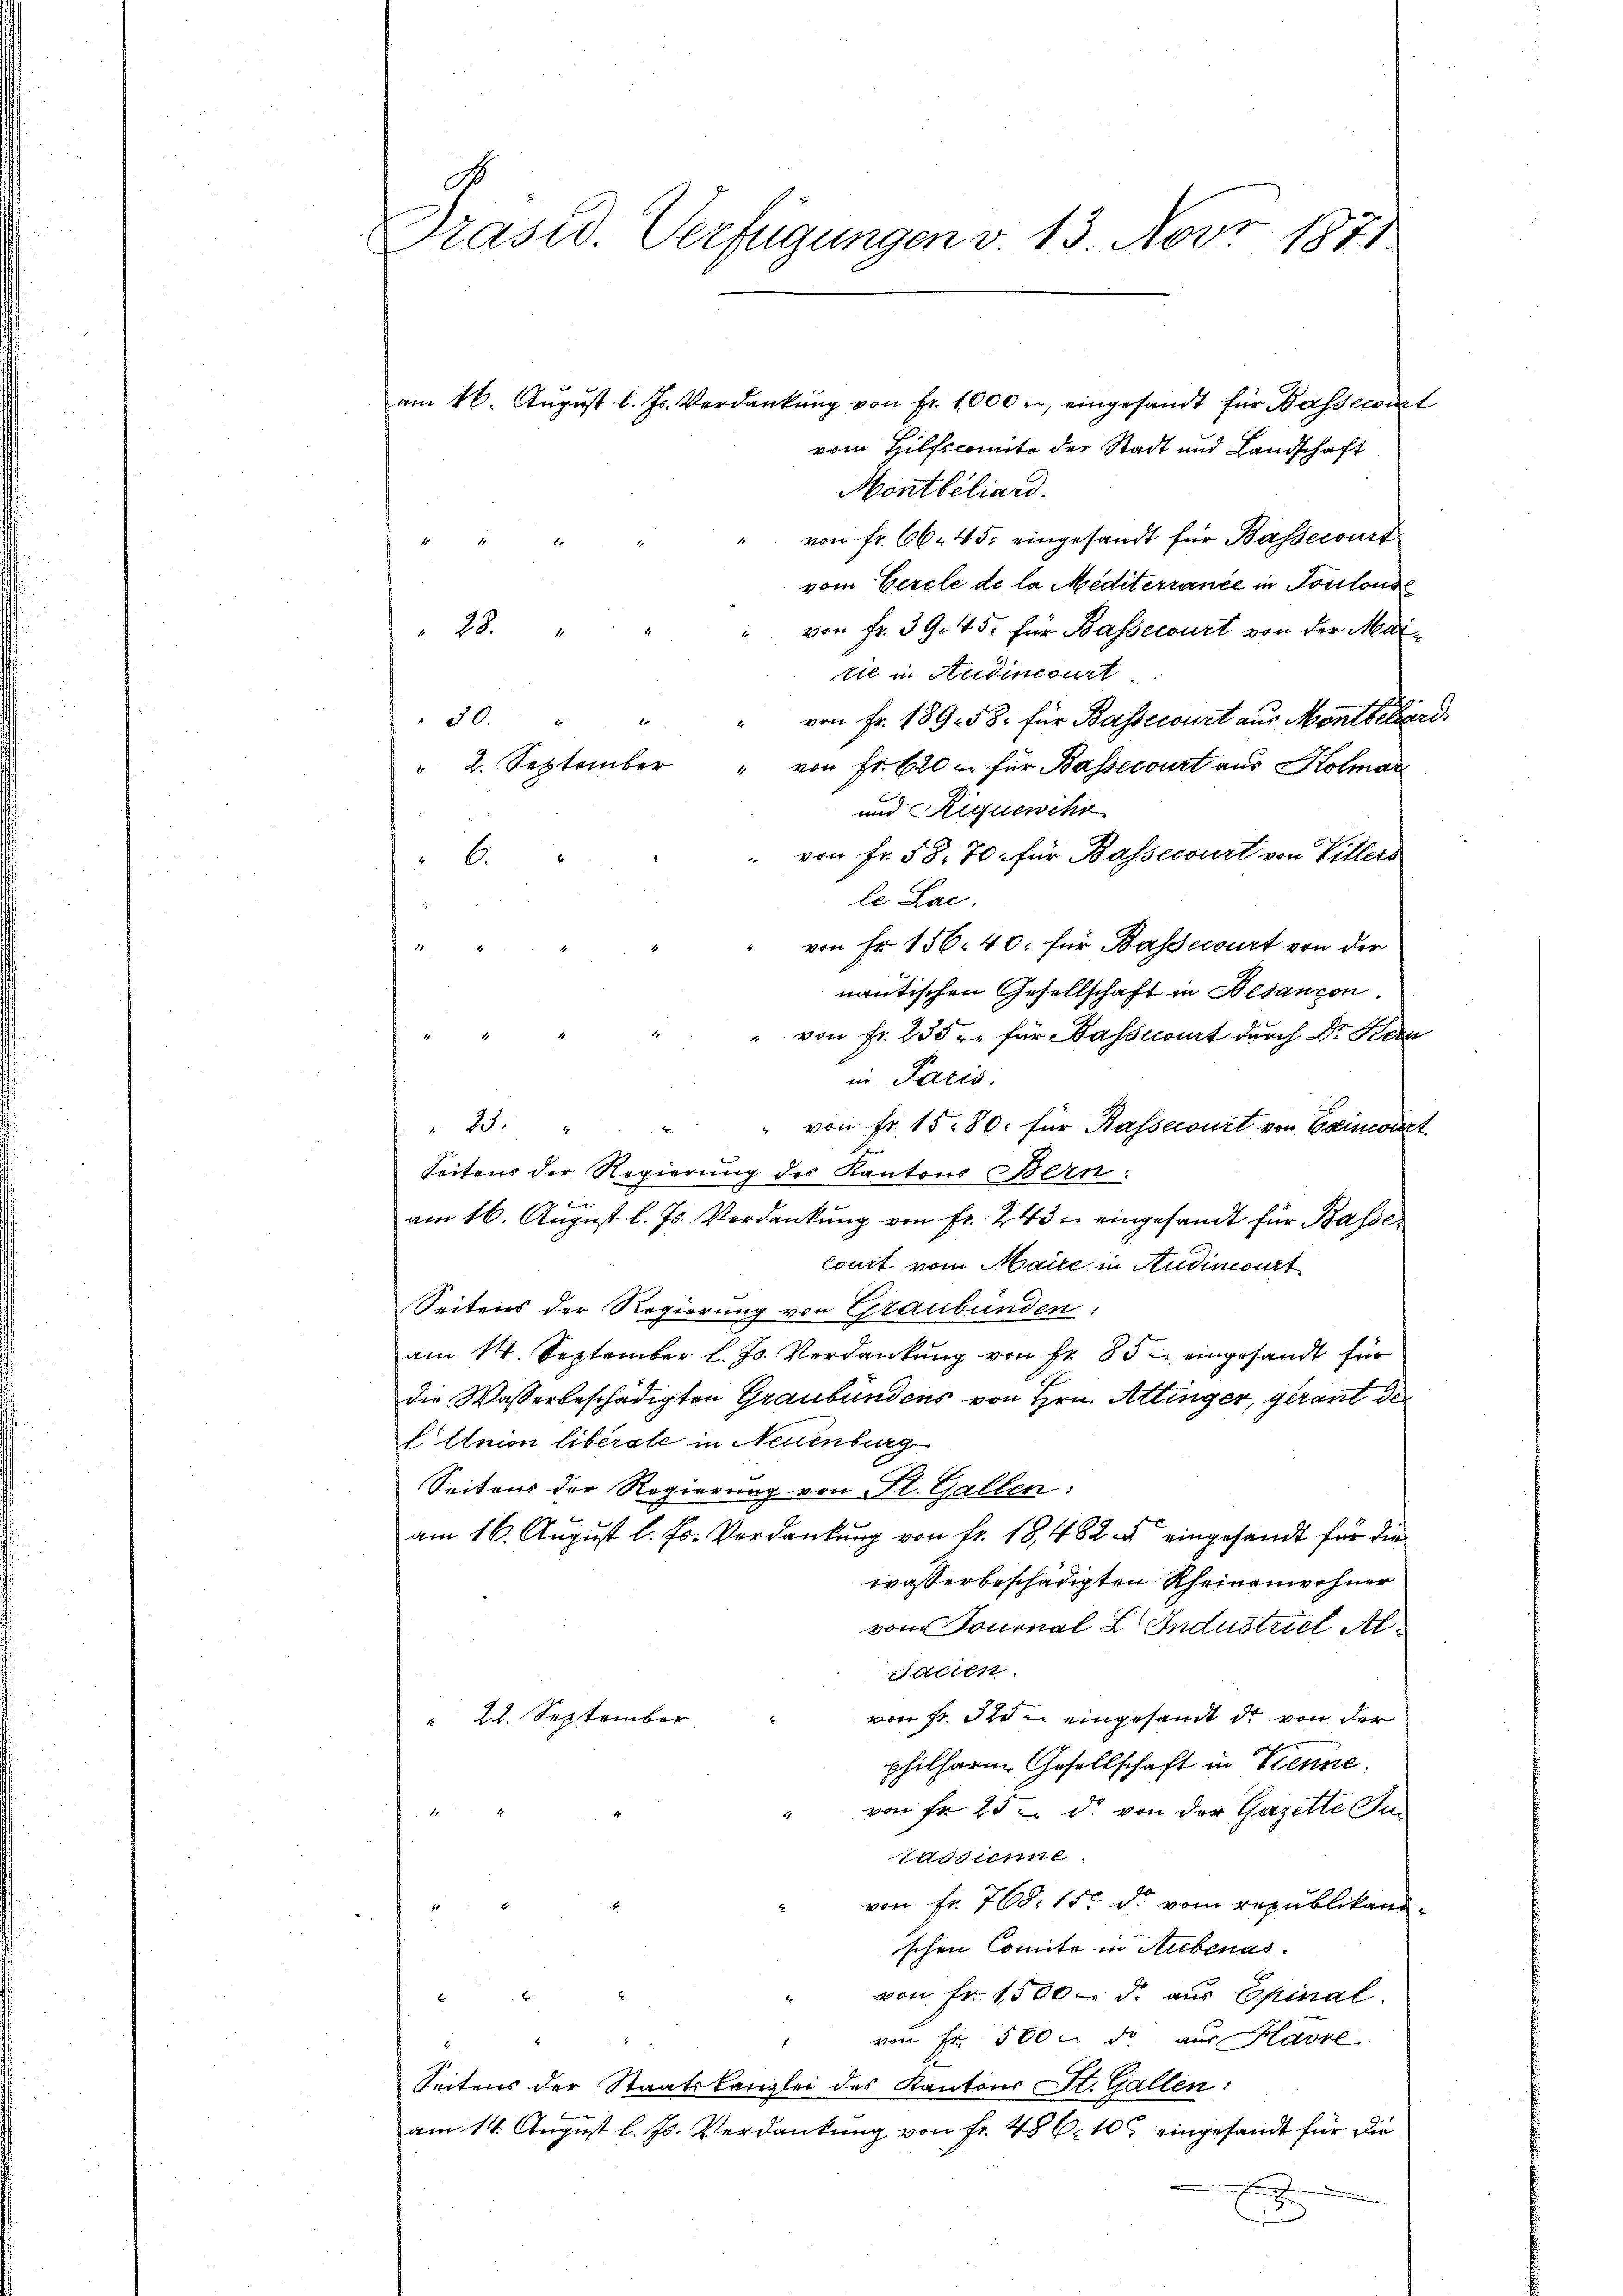
Präsid. Verfügungen v. 13. Nov. 1871

am 16. Aŭgŭst l. Js. Verdankŭng von Fr. 1000 r. eingesandt für Wassecorat
vom Hilfscomite der Stadt und Landschaft
Montbéliard.
" von fr. 66. 45. eingesandt für Bassecourt
d
z
vom Cercle de la Mediterrance in Toulonde
" von Fr. 39. 45. für Bassecourt von der Mai¬
28.
tie in Studinicirt.
" von Fr. 189. 58. für Bassecourt aus Montbeherd
30.
" 2. September " von Fr. 620 u. für Bassecourt aus Kolmar
und Riquewihr
" von Fr. 58. 70. für Bassecourt von Villers
6
le Lac.
von Fr. 156. 40. für Bassewurt von der
u
nantischen Gesellschaft in Besançon.
" von Fr. 235 r. für Bassecourt durch Dr. Bern
d
in Paris.
" 23. " " " von Fr. 15. 80. für Kassecourt von Beincont
Seitens der Regierung des Kantons Bern
Finan
am 16. August l. Js. Verdankung von Fr. 243 eingesandt für Basse
Court vom Maire in Studinoirt
Seitens der Regierung von Graubünden:
am 14. September l. Js. Verdankŭng von fr. 85. eingesandt für
die Wasserbeschädigten Graubündens von Hrn. Attinger, gerant de
l Union liberale in Neuenburg
Seitens der Regierung von St. Gallen:
am 16. August l. Js. Verdankung von Fr. 18, 482 - eingesandt für die
wasserbeschädigten Rheinanwohner
vom Tournal L. Industriel Al¬
Salien.
von Fr. Sie eingesamt de von der
" 22. September
philharm Gesellschaft in Trenne.
von fr 23 - dr. von der Gazette dan

Wasilime
von Fr. 768. 15. dr. vom republikani
schen Comita in Rubenas.
von Fr. 1500 d. aus Epinal.
von Fr. 500 x de aus Havre
Seitens der Staatskanzlei des Kantons St. Gallen:
b
am 14. August l. Js. Verdankung von Fr. 486. 103 eingesandt für die